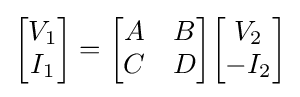
{\begin{bmatrix}V_{1}\\I_{1}\end{bmatrix}}={\begin{bmatrix}A&B\\C&D\end{bmatrix}}{\begin{bmatrix}V_{2}\\-I_{2}\end{bmatrix}}